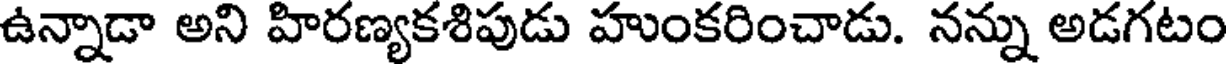
ఉన్నాడా అని హిరణ్యకశిపుడు హుంకరించాడు. నన్ను అడగటం